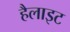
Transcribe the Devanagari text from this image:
हैलाइट